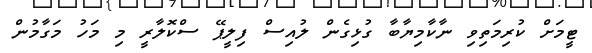
ޓީމަށް ކުރިމަތިވި ނާކާމިޔާބާ ގުޅިގެން ލުއިސް ފިލީޕޭ ސްކޮލާރީ މި މަހު މަގާމުން